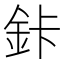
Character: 鉲